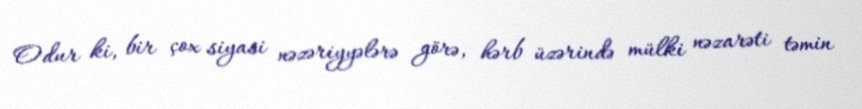
Odur ki, bir çox siyasi nəzəriyyələrə görə, hərb üzərində mülki nəzarəti təmin